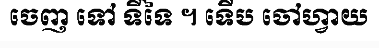
ចេញ ទៅ ទីទៃ ។ ទើប ចៅហ្វាយ